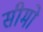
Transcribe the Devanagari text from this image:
सीमो